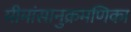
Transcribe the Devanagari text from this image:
मीमांसानुक्रमणिका